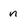
Character: n